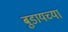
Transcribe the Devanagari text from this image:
बुडायच्या